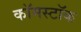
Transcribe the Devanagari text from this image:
कॉमस्टॉक